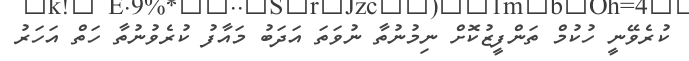
ކުރެވޭނީ ހުކުމް ތަންފީޒުކޮށް ނިމުނުތާ ނުވަތަ އަދަބު މައާފު ކުރެވުނުތާ ހަތް އަހަރު